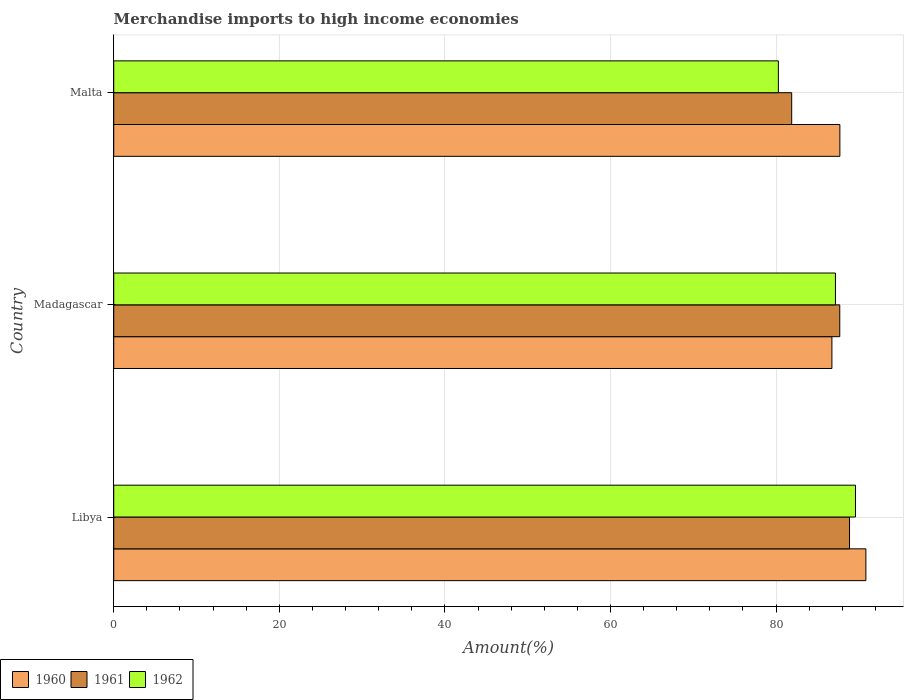
| Country | 1960 | 1961 | 1962 |
 | --- | --- | --- | --- |
 | Libya | 90.8 | 88.9 | 89.6 |
 | Madagascar | 86.7 | 87.7 | 87.2 |
 | Malta | 87.7 | 81.9 | 80.3 |